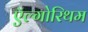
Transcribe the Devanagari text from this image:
ऍल्गोरिथम